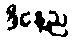
ဒီနေ့ည